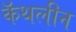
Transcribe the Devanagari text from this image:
कॅथलीन